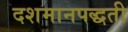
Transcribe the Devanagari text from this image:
दशमानपद्धती